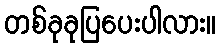
တစ်ခုခုပြပေးပါလား။